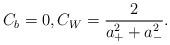
LaTeX: \begin{align*}C_b = 0,C_W = \frac{2}{a_+^2+a_-^2}.\end{align*}